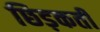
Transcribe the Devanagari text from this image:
छिड़कती